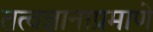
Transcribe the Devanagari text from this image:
तत्वज्ञानाप्रमाणे